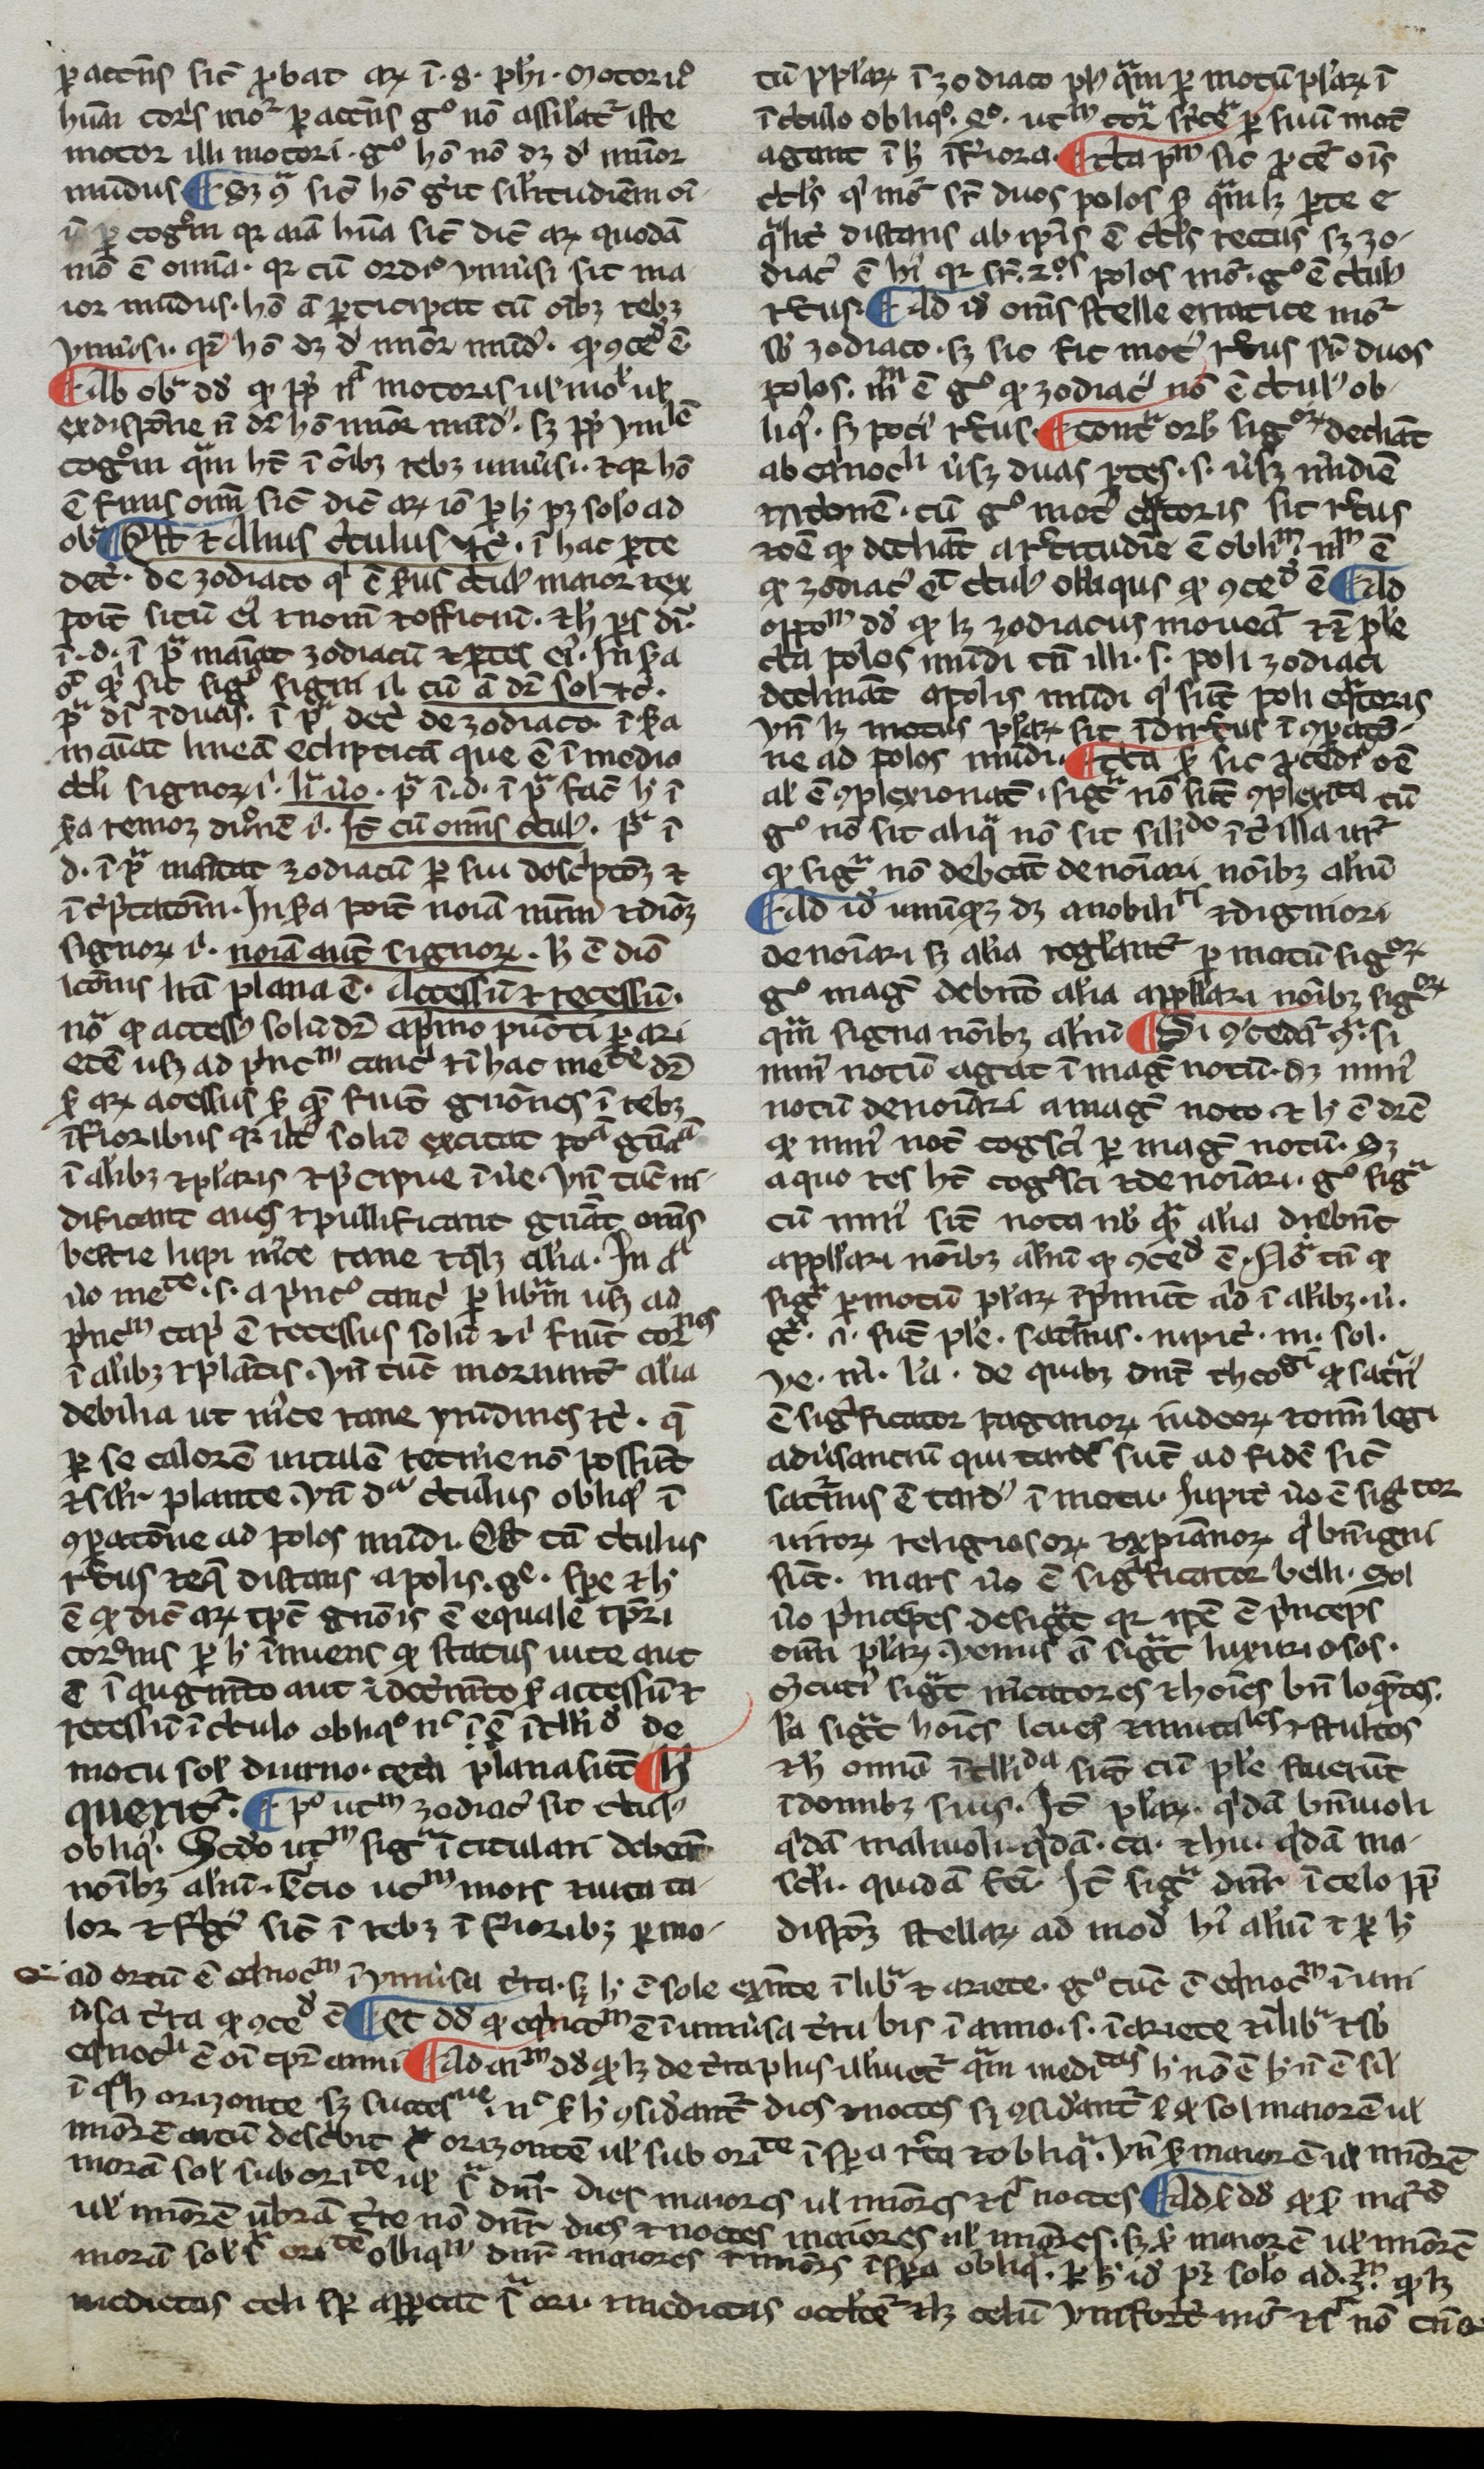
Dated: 1266–1299